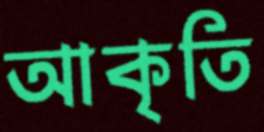
আকৃতি